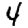
Digit: 4